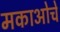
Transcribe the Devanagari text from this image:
मकाओचे